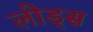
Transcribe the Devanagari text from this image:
लोड्स